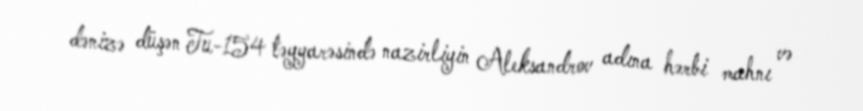
dənizə düşən Tu-154 təyyarəsində nazirliyin Aleksandrov adına hərbi mahnı və